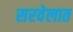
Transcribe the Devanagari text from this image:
सरवेलात